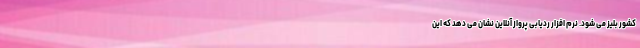
کشور بلیز می شود. نرم افزار ردیابی پرواز آنلاین نشان می دهد که این